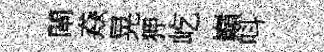
閘猋晃狎屹巔呌